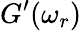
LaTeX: G^{\prime}(\omega_{r})